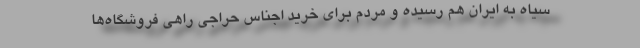
سیاه به ایران هم رسیده و مردم برای خرید اجناس حراجی راهی فروشگاه‌ها